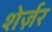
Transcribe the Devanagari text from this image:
शेर्ज़र